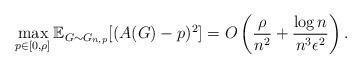
LaTeX: \begin{align*}\max_{ p \in [0,\rho]} \mathbb{E}_{ G \sim G_{n,p}} [ ( A(G) - p )^2]=O\left(\frac{\rho}{n^2}+ \frac{\log n}{n^3\epsilon^2}\right).\end{align*}